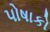
પોષાકો